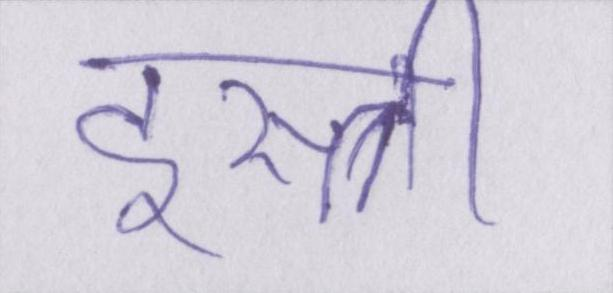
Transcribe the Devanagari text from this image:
इस्त्री